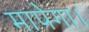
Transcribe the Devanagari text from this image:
मापेगा।